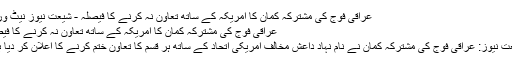
عراقی فوج کی مشترکہ کمان کا امریکہ کے ساتھ تعاون نہ کرنے کا فیصلہ - شیعت نیوز نیٹ ورک
عراقی فوج کی مشترکہ کمان کا امریکہ کے ساتھ تعاون نہ کرنے کا فیصلہ
شیعت نیوز: عراقی فوج کی مشترکہ کمان نے نام نہاد داعش مخالف امریکی اتحاد کے ساتھ ہر قسم کا تعاون ختم کرنے کا اعلان کر دیا ہے۔